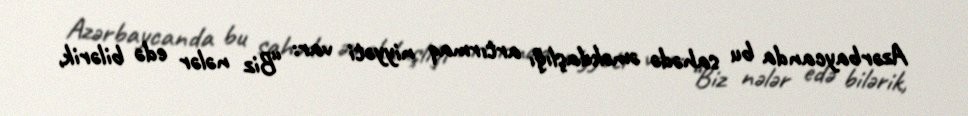
Azərbaycanda bu sahədə əməkdaşlığı artırmaq niyyəti var: “Biz nələr edə bilərik,